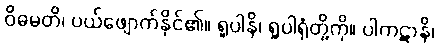
ဝိဓမတိ၊ ပယ်ဖျောက်နိုင်၏။ ရူပါနိ၊ ရူပါရုံတို့ကို။ ပါကဋာနိ၊